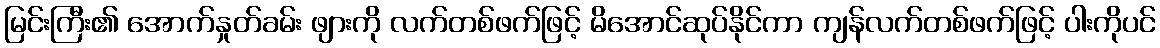
မြင်းကြီး၏ အောက်နှုတ်ခမ်း ဖျားကို လက်တစ်ဖက်ဖြင့် မိအောင်ဆုပ်နိုင်ကာ ကျန်လက်တစ်ဖက်ဖြင့် ပါးကိုပင်